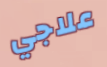
علاجي